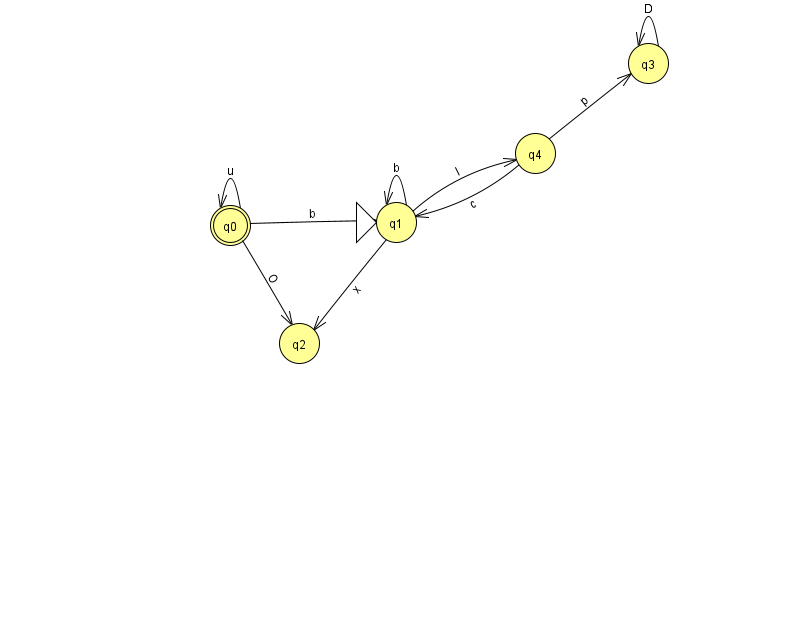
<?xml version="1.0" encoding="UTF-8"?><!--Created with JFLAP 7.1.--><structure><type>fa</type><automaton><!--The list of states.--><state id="0" name="q0"><x>230.0</x><y>212.0</y><final/></state><state id="1" name="q1"><x>396.0</x><y>209.0</y><initial/></state><state id="2" name="q2"><x>299.0</x><y>330.0</y></state><state id="3" name="q3"><x>648.0</x><y>50.0</y></state><state id="4" name="q4"><x>535.0</x><y>140.0</y></state><!--The list of transitions.--><transition><from>4</from><to>3</to><read>p</read></transition><transition><from>1</from><to>1</to><read>b</read></transition><transition><from>1</from><to>2</to><read>x</read></transition><transition><from>3</from><to>3</to><read>D</read></transition><transition><from>0</from><to>0</to><read>u</read></transition><transition><from>4</from><to>1</to><read>c</read></transition><transition><from>0</from><to>1</to><read>b</read></transition><transition><from>1</from><to>4</to><read>l</read></transition><transition><from>0</from><to>2</to><read>O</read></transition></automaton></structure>